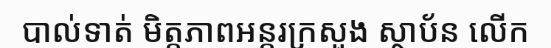
បាល់ទាត់ មិត្តភាពអន្តរក្រសួង ស្ថាប័ន លើក